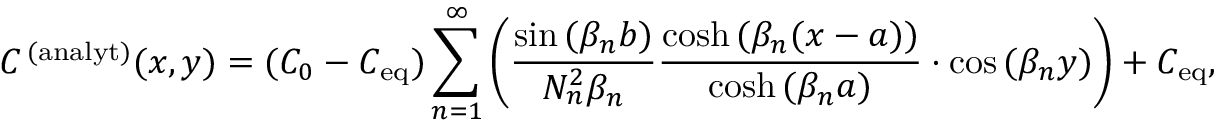
C ^ { \, ( \mathrm { a n a l y t } ) } ( x , y ) = ( C _ { 0 } - C _ { \mathrm { e q } } ) \sum _ { n = 1 } ^ { \infty } \left( \frac { \sin { ( \beta _ { n } b ) } } { N _ { n } ^ { 2 } \beta _ { n } } \frac { \cosh { ( \beta _ { n } ( x - a ) ) } } { \cosh { ( \beta _ { n } a } ) } \cdot \cos { ( \beta _ { n } y ) } \right) + C _ { \mathrm { e q } } ,